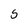
Character: S